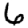
Digit: 6